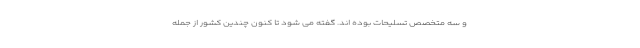
و سه متخصص تسلیحات بوده اند. گفته می شود تا کنون چندین کشور از جمله